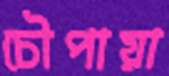
চৌপায়া